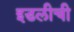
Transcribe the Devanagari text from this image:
इडलीची